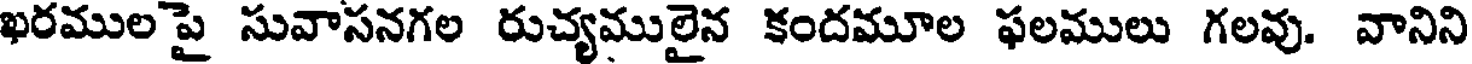
ఖరముల పై సువాసనగల రుచ్యములైన కందమూల ఫలములు గలవు. వానిని